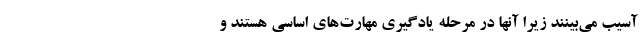
آسیب می‌بینند زیرا آنها در مرحله یادگیری‌ مهارت‌های اساسی هستند و